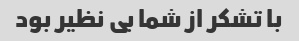
با تشکر از شما بی نظیر بود